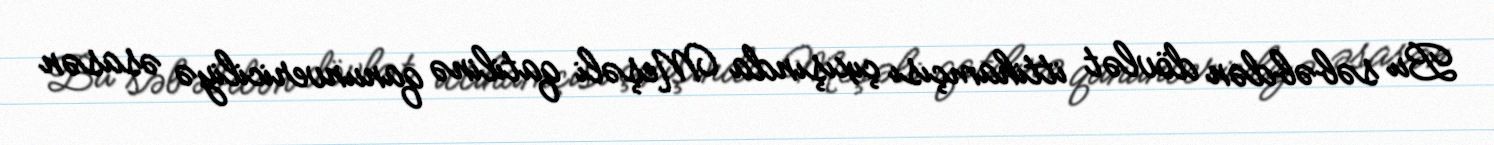
Bu səbəbdən dövlət ittihamçısı çıxışında Meşəli qatilinə qanunvericiliyə əsasən